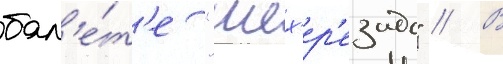
бал'е́т'е "шех'ер'езада" // В